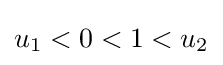
u_{1}<0<1<u_{2}